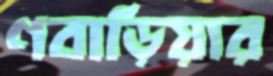
ণবাড়িয়ার